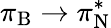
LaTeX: \pi_{\mathrm{B}}\rightarrow\pi_{\mathrm{N}}^{*}